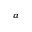
^ a